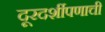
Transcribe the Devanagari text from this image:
दूरदर्शीपणाची